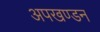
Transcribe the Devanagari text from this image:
अपखण्डन